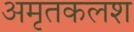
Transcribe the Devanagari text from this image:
अमृतकलश